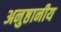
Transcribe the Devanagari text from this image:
अनुष्ठानीय